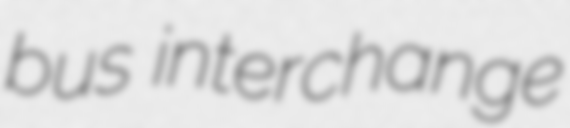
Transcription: bus interchange